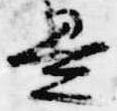
是